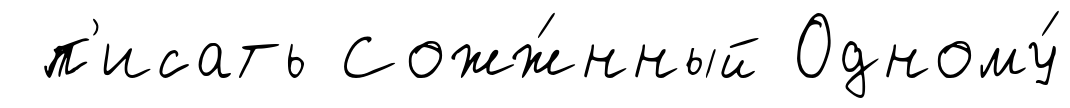
п'исать Сожж́нный Одному́